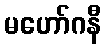
မဟော်ဂနီ